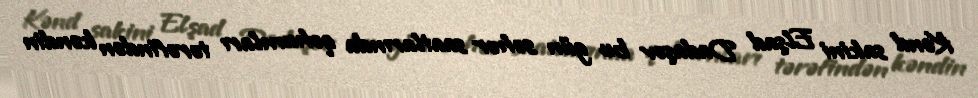
Kənd sakini Elşad Dadaşov bu gün səhər saatlarında qohumları tərəfindən kəndin